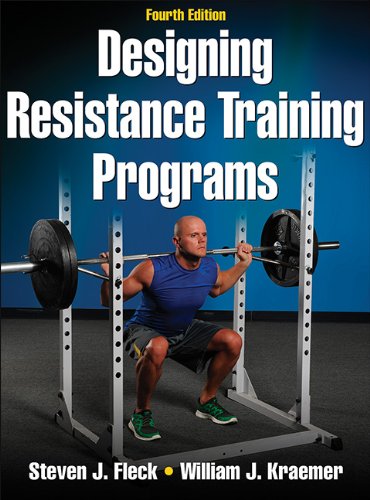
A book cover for Designing Resistance Training Programs, 4th Edition; Steven Fleck; Health, Fitness & Dieting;